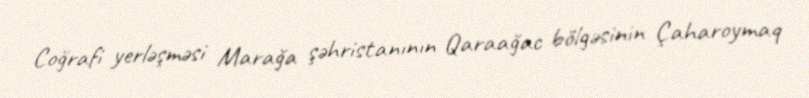
Coğrafi yerləşməsi Marağa şəhristanının Qaraağac bölgəsinin Çaharoymaq